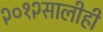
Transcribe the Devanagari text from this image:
२०१२सालीही